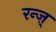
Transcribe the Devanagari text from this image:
रन्ज़्